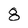
Character: 8